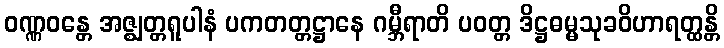
ဝဏ္ဏဝန္တေ အဇ္ဈတ္တရူပါနံ ပကတတ္တဋ္ဌာနေ ဂမ္ဘီရာတိ ပဝတ္တ ဒိဋ္ဌဓမ္မသုခဝိဟာရတ္ထန္တိ